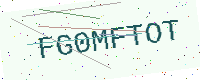
Text: FG0MFTOT